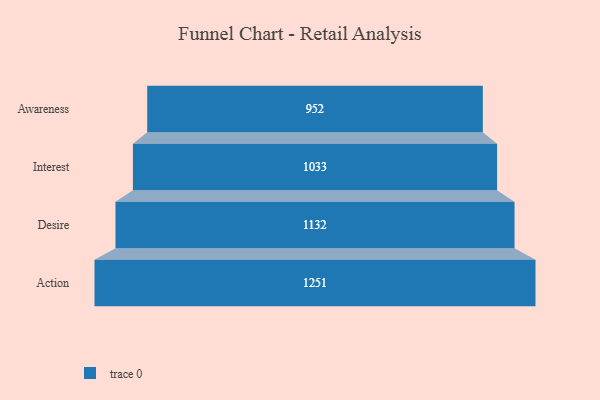
{"axis": {"x": "Stage", "y": "Value"}, "legend": [""], "data": [{"x": "Awareness", "y": 952.0, "type": ""}, {"x": "Interest", "y": 1033.0, "type": ""}, {"x": "Desire", "y": 1132.0, "type": ""}, {"x": "Action", "y": 1251.0, "type": ""}]}